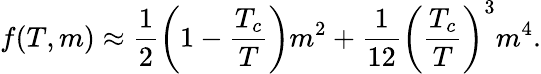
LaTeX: f(T,m)\approx\frac{1}{2}\left(1-\frac{T_{c}}{T}\right)m^{2}+\frac{1}{12}\left(\frac{T_{c}}{T}\right)^{3}m^{4}.